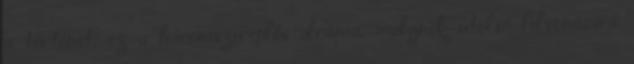
a történet, ez a háromszereplős dráma, melynek utolsó felvonására